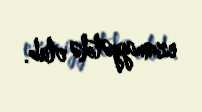
ezamiyyətdə olub.